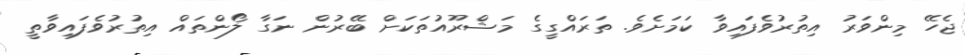
ޖެހޭ މިންވަރު އިތުރުވެފައިވާ ކަމަށެވެ. ތަރައްގީގެ މަޝްރޫއުތަކަށް ބޭރުން ނަގާ ލޯންތައް އިތުރުވެފައިވާތީ